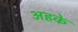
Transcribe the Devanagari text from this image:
अहके